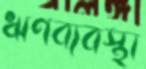
ঋণব্যবস্থা